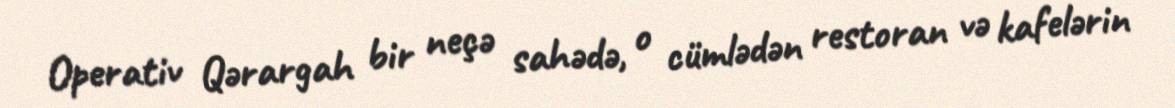
Operativ Qərargah bir neçə sahədə, o cümlədən restoran və kafelərin